Lunatic asylums Central Provinces reports 1895-1909 - 1895-1909
Year: 1895
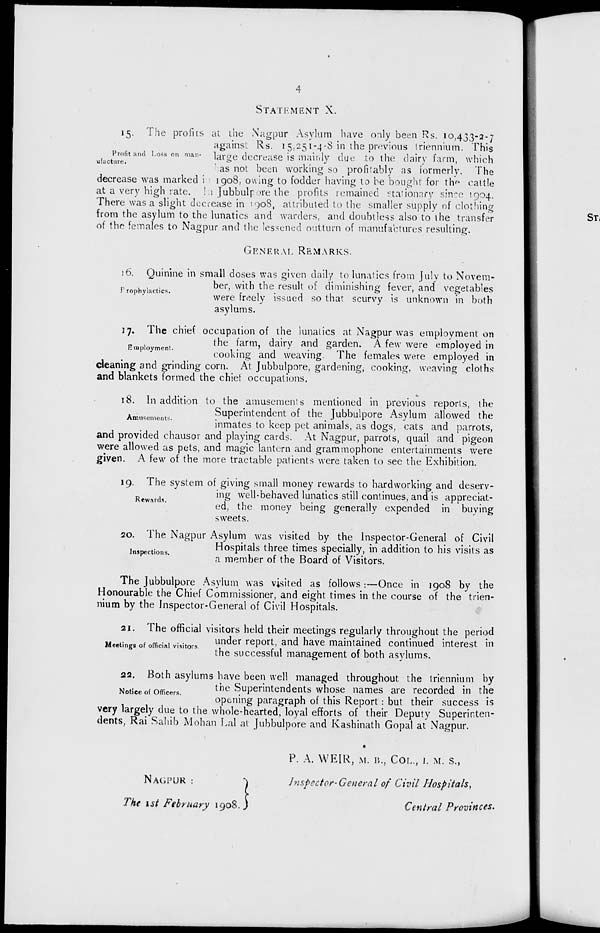
4
STATEMENT
X.
Profit and Loss on man-
ufacture.
15. The profits at the Nagpur Asylum have only been Rs. 10,433-2-7
against Rs. 15,251-4-8 in the previous triennium. This
large decrease is mainly due to the dairy farm, which
has not been working so profitably as formerly. The
decrease was marked in 1908, owing to fodder having to be bought for the cattle
at a very high rate. In Jubbulpore the profits remained stationary since 1904.
There was a slight decrease in 1908, attributed to the smaller supply of clothing
from the asylum to the lunatics and warders, and doubtless also to the transfer
of the females to Nagpur and the lessened outturn of manufactures resulting.
GENERAL
REMARKS.
Prophylactics.
16. Quinine in small doses was given daily to lunatics from July to Novem-
ber, with the result of diminishing fever, and vegetables
were freely issued so that scurvy is unknown in both
asylums.
Employment.
17. The chief occupation of the lunatics at Nagpur was employment on
the farm, dairy and garden. A few were employed in
cooking and weaving. The females were employed in
cleaning and grinding corn. At Jubbulpore, gardening, cooking, weaving cloths
and blankets formed the chiet occupations.
Amusements.
18. In addition to the amusements mentioned in previous reports, the
Superintendent of the Jubbulpore Asylum allowed the
inmates to keep pet animals, as dogs, cats and parrots,
and provided chausor and playing cards. At Nagpur, parrots, quail and pigeon
were allowed as pets, and magic lantern and grammophone entertainments were
given. A few of the more tractable patients were taken to see the Exhibition.
Rewards.
19. The system of giving small money rewards to hardworking and deserv-
ing well-behaved lunatics still continues, and is appreciat-
ed, the money being generally expended in buying
sweets.
Inspections.
20. The Nagpur Asylum was visited by the Inspector-General of Civil
Hospitals three times specially, in addition to his visits as
a member of the Board of Visitors.
The Jubbulpore Asylum was visited as follows :—Once in 1908 by the
Honourable the Chief Commissioner, and eight times in the course of the trien-
nium by the Inspector-General of Civil Hospitals.
Meetings of official visitors.
21. The official visitors held their meetings regularly throughout the period
under report, and have maintained continued interest in
the successful management of both asylums.
Notice of Officers.
22. Both asylums have been well managed throughout the triennium by
the Superintendents whose names are recorded in the
opening paragraph of this Report : but their success is
very largely due to the whole-hearted, loyal efforts of their Deputy Superinten-
dents, Rai Sahib Mohan Lal at Jubbulpore and Kashinath Gopal at Nagpur.
NAGPUR :
The 1st February 1908.
P. A. WEIR, M. B., COL., I. M. S.,
Inspector-General of Civil Hospitals,
Central Provinces.